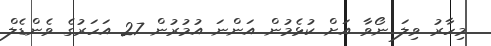
މިހާރު ވިލަ ނޯވާ އަށް ކުޅެމުން އަންނަ އުމުރުން 27 އަހަރުގެ ވެންޑެލް